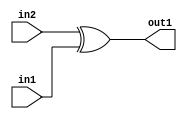
`timescale 1ps / 1ps
/*****************************************************************************
    Verilog RTL Description
    
    
    Created by: Stratus DpOpt 2019.1.01 
*******************************************************************************/

module GauFilter_Xor_1Ux1U_1U_1 (
	in2,
	in1,
	out1
	); /* architecture "behavioural" */ 
input  in2,
	in1;
output  out1;
wire  asc001;

assign asc001 = 
	(in2)
	^(in1);

assign out1 = asc001;
endmodule

/* CADENCE  urX2SA0= : u9/ySgnWtBlWxVPRXgAZ4Og= ** DO NOT EDIT THIS LINE ******/